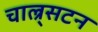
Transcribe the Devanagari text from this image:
चाल्र्सटन